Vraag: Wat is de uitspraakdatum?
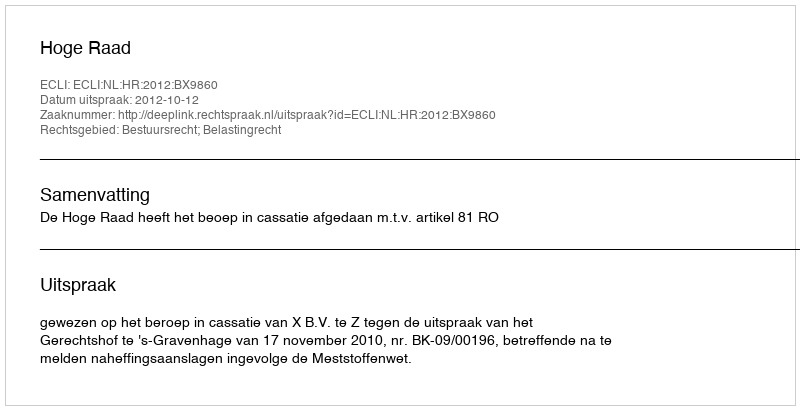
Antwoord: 2012-10-12